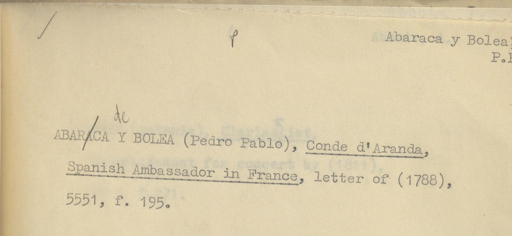
Label: content